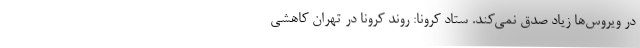
در ویروس‌ها زیاد صدق نمی‌کند. ستاد کرونا: روند کرونا در تهران کاهشی